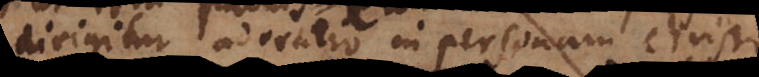
dirigitur adoratio in personam Christi,